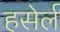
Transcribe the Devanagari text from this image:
हसेर्ल